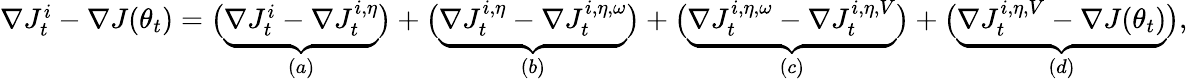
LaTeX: \begin{array}{r}{\nabla J_{t}^{i}-\nabla J(\theta_{t})=\big(\underbrace{\nabla J_{t}^{i}-\nabla J_{t}^{i,\eta}}_{(a)}\big)+\big(\underbrace{\nabla J_{t}^{i,\eta}-\nabla J_{t}^{i,\eta,\omega}}_{(b)}\big)+\big(\underbrace{\nabla J_{t}^{i,\eta,\omega}-\nabla J_{t}^{i,\eta,V}}_{(c)}\big)+\big(\underbrace{\nabla J_{t}^{i,\eta,V}-\nabla J(\theta_{t})}_{(d)}\big),}\end{array}